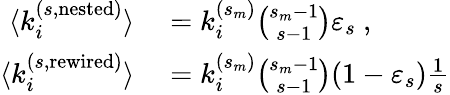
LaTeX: \begin{array}{rl}{\langle k_{i}^{(s,\mathrm{nested})}\rangle}&{{}=k_{i}^{(s_{m})}{\binom{s_{m}-1}{s-1}}\varepsilon_{s}~,}\\ {\langle k_{i}^{(s,\mathrm{rewired})}\rangle}&{{}=k_{i}^{(s_{m})}{\binom{s_{m}-1}{s-1}}(1-\varepsilon_{s})\frac{1}{s}}\end{array}